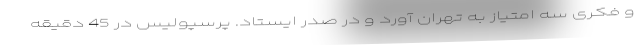
و فکری سه امتیاز به تهران آورد و در صدر ایستاد. پرسپولیس در 45 دقیقه